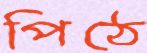
পিঠে